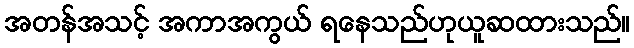
အတန်အသင့် အကာအကွယ် ရနေသည်ဟုယူဆထားသည်။